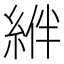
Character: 𦁂